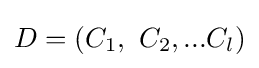
D=(C_{1},~C_{2},...C_{l})